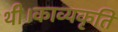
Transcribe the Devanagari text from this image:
थी।काव्यकृति